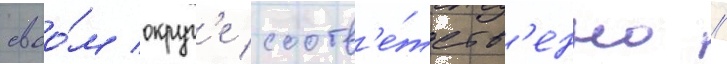
своо́м округ'е соотв'е́тств'енно //